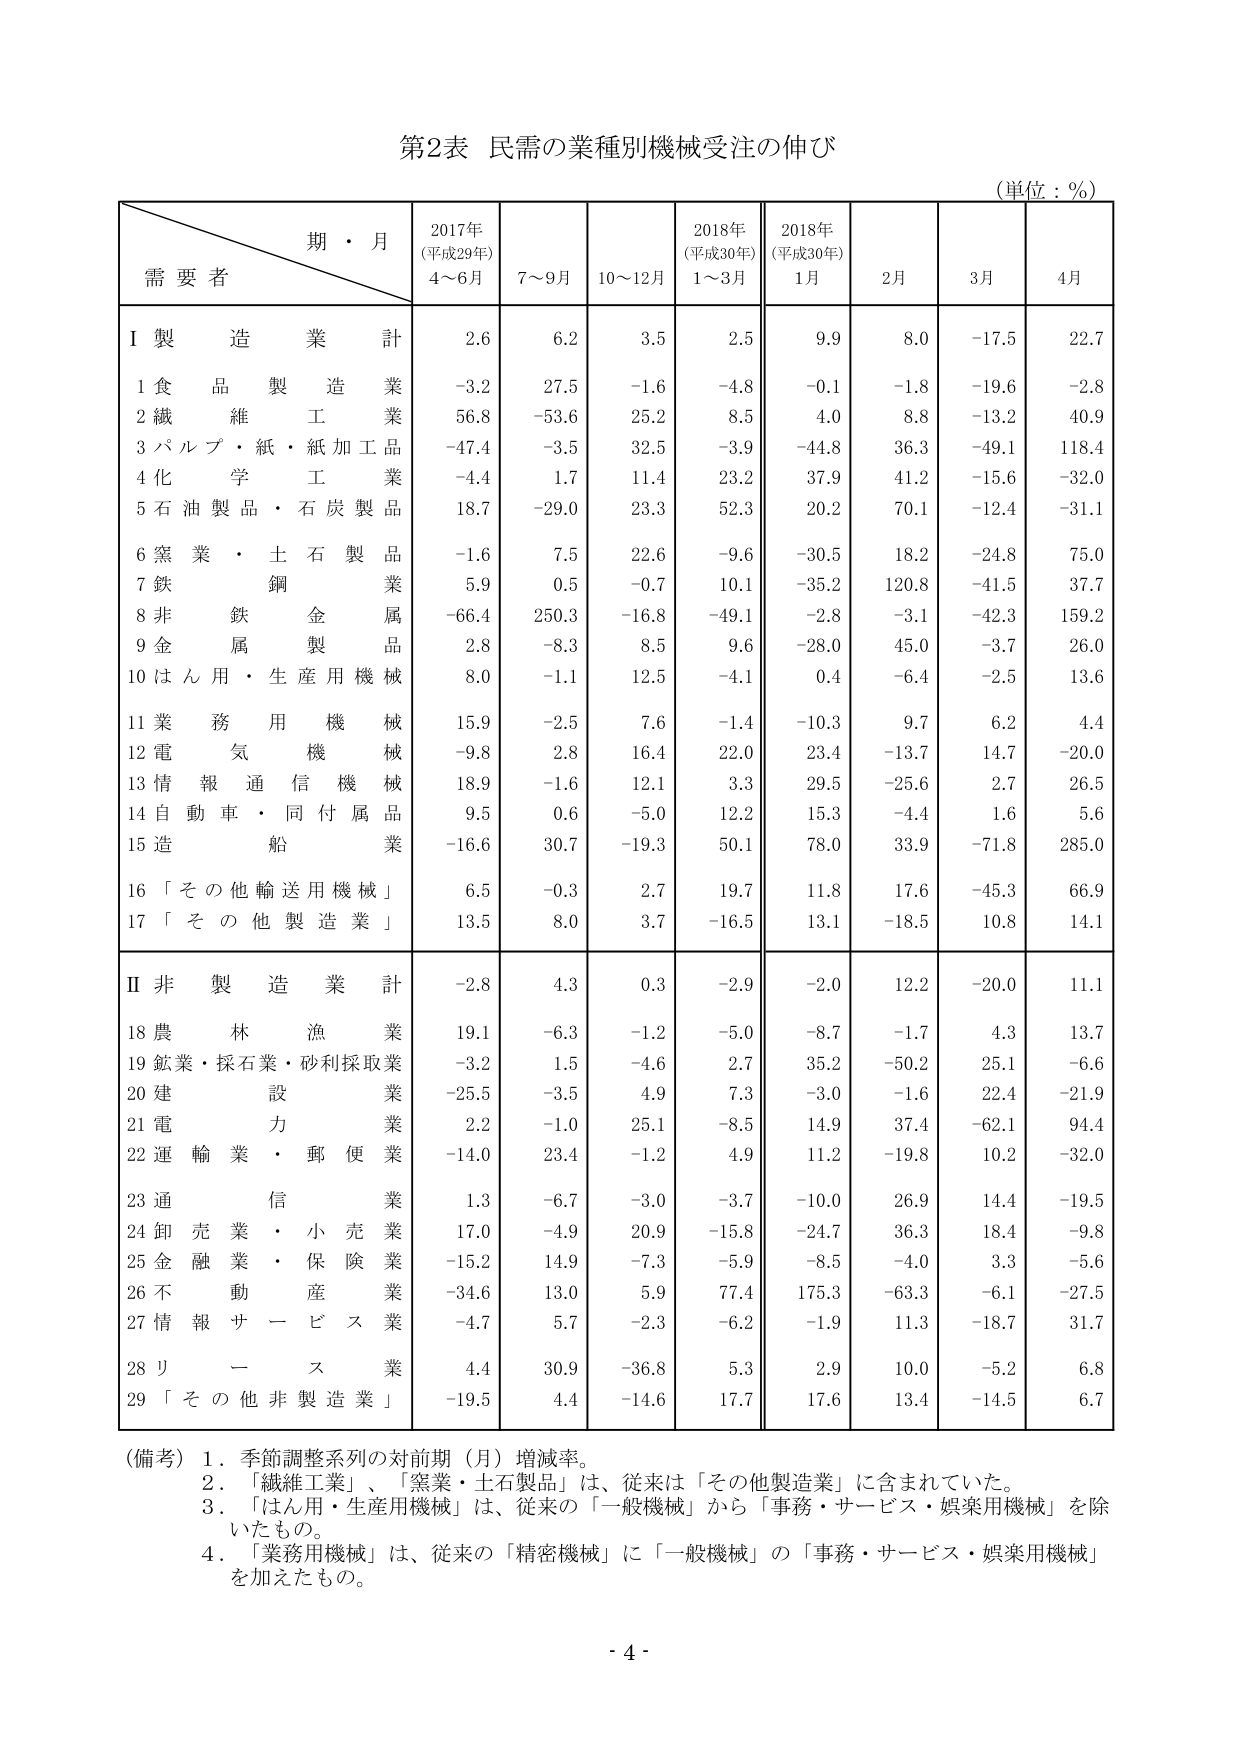
第2表 民需の業種別機械受注の伸び
(単位：％)

期・月
需要者
2017年
(平成29年)
4～6月
7～9月
10～12月
2018年
(平成30年)
1～3月
2018年
(平成30年)
1月
2月
3月
4月

Ⅰ 製造業 計
2.6
6.2
3.5
2.5
9.9
8.0
-17.5
22.7

1 食品製造業
-3.2
27.5
-1.6
-4.8
-0.1
-1.8
-19.6
-2.8

2 繊維工業
56.8
-53.6
25.2
8.5
4.0
8.8
-13.2
40.9

3 パルプ・紙・紙加工品業
-47.4
-3.5
32.5
-3.9
-44.8
36.3
-49.1
118.4

4 化学工業
-4.4
1.7
11.4
23.2
37.9
41.2
-15.6
-32.0

5 石油製品・石炭製品業
18.7
-29.0
23.3
52.3
20.2
70.1
-12.4
-31.1

6 窯業・土石製品業
-1.6
7.5
22.6
-9.6
-30.5
18.2
-24.8
75.0

7 鉄鋼業
5.9
0.5
-0.7
10.1
-35.2
120.8
-41.5
37.7

8 非鉄金属業
-66.4
250.3
-16.8
-49.1
-2.8
-3.1
-42.3
159.2

9 金属製品業
2.8
-8.3
8.5
9.6
-28.0
45.0
-3.7
26.0

10 はん用・生産用機械
8.0
-1.1
12.5
-4.1
0.4
-6.4
-2.5
13.6

11 業務用機械
15.9
-2.5
7.6
-1.4
-10.3
9.7
6.2
4.4

12 電気機械
-9.8
2.8
16.4
22.0
23.4
-13.7
14.7
-20.0

13 情報通信機械
18.9
-1.6
12.1
3.3
29.5
-25.6
2.7
26.5

14 自動車・同付属品業
9.5
0.6
-5.0
12.2
15.3
-4.4
1.6
5.6

15 造船業
-16.6
30.7
-19.3
50.1
78.0
33.9
-71.8
285.0

16 「その他輸送用機械」
6.5
-0.3
2.7
19.7
11.8
17.6
-45.3
66.9

17 「その他製造業」
13.5
8.0
3.7
-16.5
13.1
-18.5
10.8
14.1

Ⅱ 非製造業 計
-2.8
4.3
0.3
-2.9
-2.0
12.2
-20.0
11.1

18 農林漁業
19.1
-6.3
-1.2
-5.0
-8.7
-1.7
4.3
13.7

19 鉱業・採石業・砂利採取業
-3.2
1.5
-4.6
2.7
35.2
-50.2
25.1
-6.6

20 建設業
-25.5
-3.5
4.9
7.3
-3.0
-1.6
22.4
-21.9

21 電力業
2.2
-1.0
25.1
-8.5
14.9
37.4
-62.1
94.4

22 運輸業・郵便業
-14.0
23.4
-1.2
4.9
11.2
-19.8
10.2
-32.0

23 通信業
1.3
-6.7
-3.0
-3.7
-10.0
26.9
14.4
-19.5

24 卸売業・小売業
17.0
-4.9
20.9
-15.8
-24.7
36.3
18.4
-9.8

25 金融業・保険業
-15.2
14.9
-7.3
-5.9
-8.5
-4.0
3.3
-5.6

26 不動産業
-34.6
13.0
5.9
77.4
175.3
-63.3
-6.1
-27.5

27 情報サービス業
-4.7
5.7
-2.3
-6.2
-1.9
11.3
-18.7
31.7

28 リース業
4.4
30.9
-36.8
5.3
2.9
10.0
-5.2
6.8

29 「その他非製造業」
-19.5
4.4
-14.6
17.7
17.6
13.4
-14.5
6.7

（備考）1．季節調整系列の対前期（月）増減率。
2．「繊維工業」、「窯業・土石製品」は、従来は「その他製造業」に含まれていた。
3．「はん用・生産用機械」は、従来の「一般機械」から「事務・サービス・娯楽用機械」を除いたもの。
4．「業務用機械」は、従来の「精密機械」に「一般機械」の「事務・サービス・娯楽用機械」を加えたもの。

- 4 -